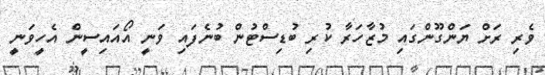
ވެރި ރަށް ޔަންގޫންގައި މުޒާހަރާ ކުރި ބުޑިސްޓުން ބުނެފައި ވަނީ އޯއައިސީން އެހީވަނީ